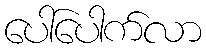
ပေါ်ပေါက်လာ